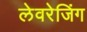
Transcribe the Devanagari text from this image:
लेवरेजिंग